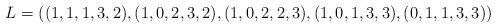
LaTeX: \begin{align*} L=((1, 1, 1, 3, 2), (1, 0, 2, 3, 2), (1, 0, 2, 2, 3), (1, 0, 1, 3, 3), (0, 1, 1, 3, 3)) \end{align*}